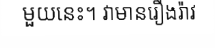
មួយនេះ។ វាមានរឿងរ៉ាវ